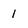
Character: 1